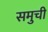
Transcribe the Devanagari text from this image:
समुची